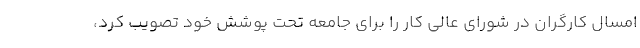
امسال کارگران در شورای عالی کار را برای جامعه تحت پوشش خود تصویب کرد،